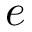
e